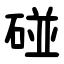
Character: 碰